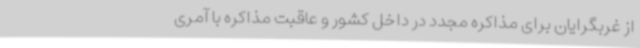
از غربگرایان برای مذاکره مجدد در داخل کشور و عاقبت مذاکره با آمری